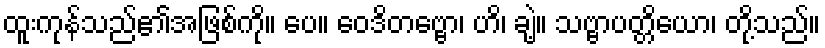
ထူးကုန်သည်၏အဖြစ်ကို။ ပေ။ ဝေဒိတဗ္ဗော၊ ဟိ၊ ချဲ့။ သဗ္ဗာပတ္တိယော၊ တို့သည်။